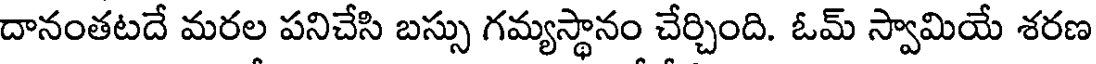
దానంతటదే మరల పనిచేసి బస్సు గమ్యస్థానం చేర్చింది. ఓమ్ స్వామియే శరణ